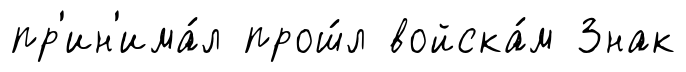
пр'ин'има́л прош́л войска́м Знак